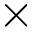
\times